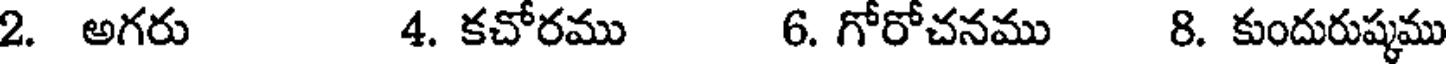
2. అగరు 4. కచోరము 6. గోరోచనము 8. కుందురుష్కము